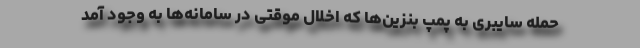
حمله سایبری به پمپ بنزین‌ها که اخلال موقتی در سامانه‌ها به وجود آمد